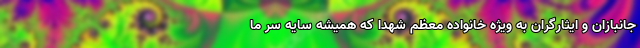
جانبازان و ایثارگران به ویژه خانواده معظم شهدا که همیشه سایه سر ما